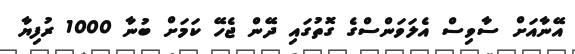
އޭނާއަށް ސާވިސް އެލަވަންސްގެ ގޮތުގައި ދޭން ޖެހޭ ކަމަށް ބުނާ 1000 ރުފިޔާ